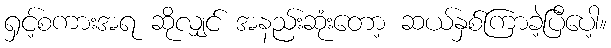
ရှင့်စကားအရ ဆိုလျှင် အနည်းဆုံးတော့ ဆယ်နှစ်ကြာခဲ့ပြီပေါ့။